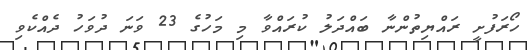
ހޯރަފުށީ ރައްޔިތުންނާ ބައްްދަލު ކުރައްވާ މި މަހުގެ 23 ވަނަ ދުވަހު ދެއްކެވި